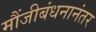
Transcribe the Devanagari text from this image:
मौंजीबंधनानंतर